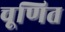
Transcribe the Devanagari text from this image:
चूणित